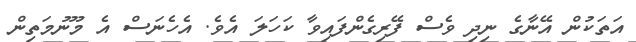
އަތަކުން އޭނާގެ ނިދި ވެސް ފޭރިގެންފައިވާ ކަހަލަ އެވެ. އެހެނަސް އެ މޫނުމަތިން